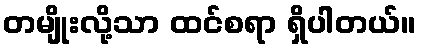
တမျိုးလို့သာ ထင်စရာ ရှိပါတယ်။